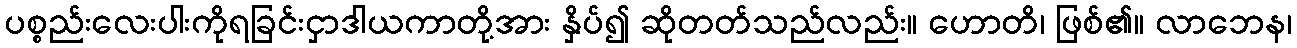
ပစ္စည်းလေးပါးကိုရခြင်းငှာဒါယကာတို့အား နှိပ်၍ ဆိုတတ်သည်လည်း။ ဟောတိ၊ ဖြစ်၏။ လာဘေန၊